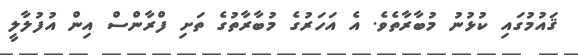
ޤައުމުގައި ކުޅުނު މުބާރާތެވެ. އެ އަހަރުގެ މުބާރާތުގެ ތަށި ފްރާންސް އިން އުފުލާލީ